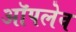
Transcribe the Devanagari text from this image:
ऑपलेव